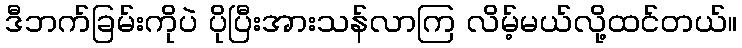
ဒီဘက်ခြမ်းကိုပဲ ပိုပြီးအားသန်လာကြ လိမ့်မယ်လို့ထင်တယ်။